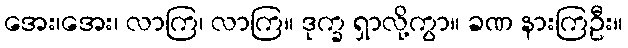
အေး၊အေး၊ လာကြ၊ လာကြ။ ဒုက္ခ ရှာလို့ကွာ။ ခဏ နားကြဦး။